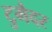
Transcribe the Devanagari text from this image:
टुगैदर